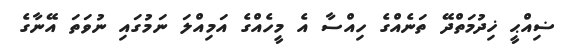
ޟިއްޙީ ޚިދުމަތްދޭ ތަނެއްގެ ހިއްސާ އެ މީހެއްގެ އަމިއްލަ ނަމުގައި ނުވަތަ އޭނާގެ